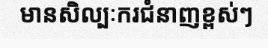
មានសិល្បៈករជំនាញខ្ពស់ៗ